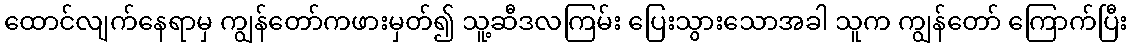
ထောင်လျက်နေရာမှ ကျွန်တော်ကဖားမှတ်၍ သူ့ဆီဒလကြမ်း ပြေးသွားသောအခါ သူက ကျွန်တော် ကြောက်ပြီး